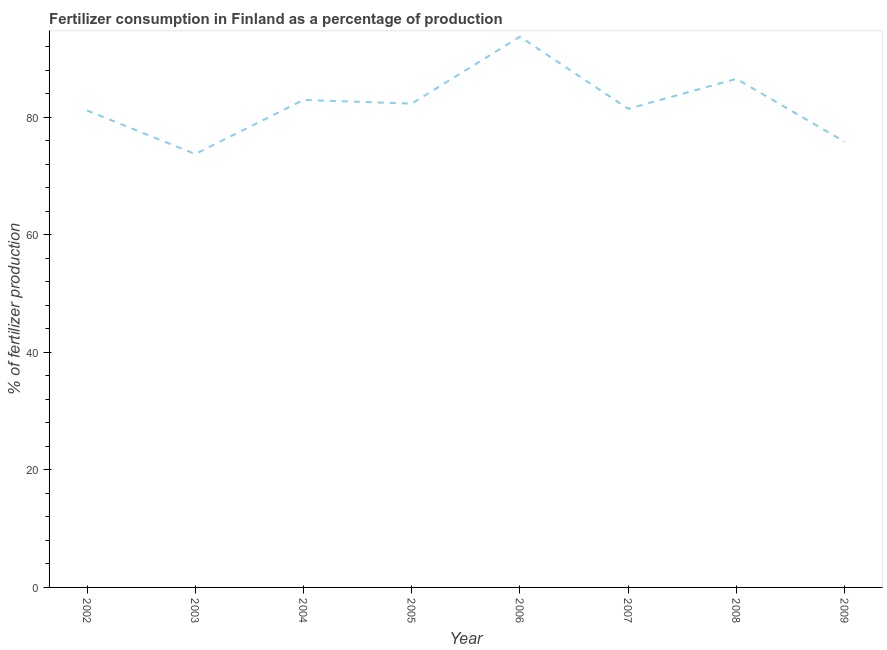
| Year | Fertilizer consumption |
 | --- | --- |
 | 2002 | 81.1 |
 | 2003 | 73.7 |
 | 2004 | 82.9 |
 | 2005 | 82.3 |
 | 2006 | 93.7 |
 | 2007 | 81.4 |
 | 2008 | 86.5 |
 | 2009 | 75.8 |